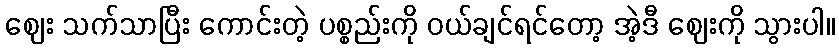
ဈေး သက်သာပြီး ကောင်းတဲ့ ပစ္စည်းကို ဝယ်ချင်ရင်တော့ အဲ့ဒီ ဈေးကို သွားပါ။